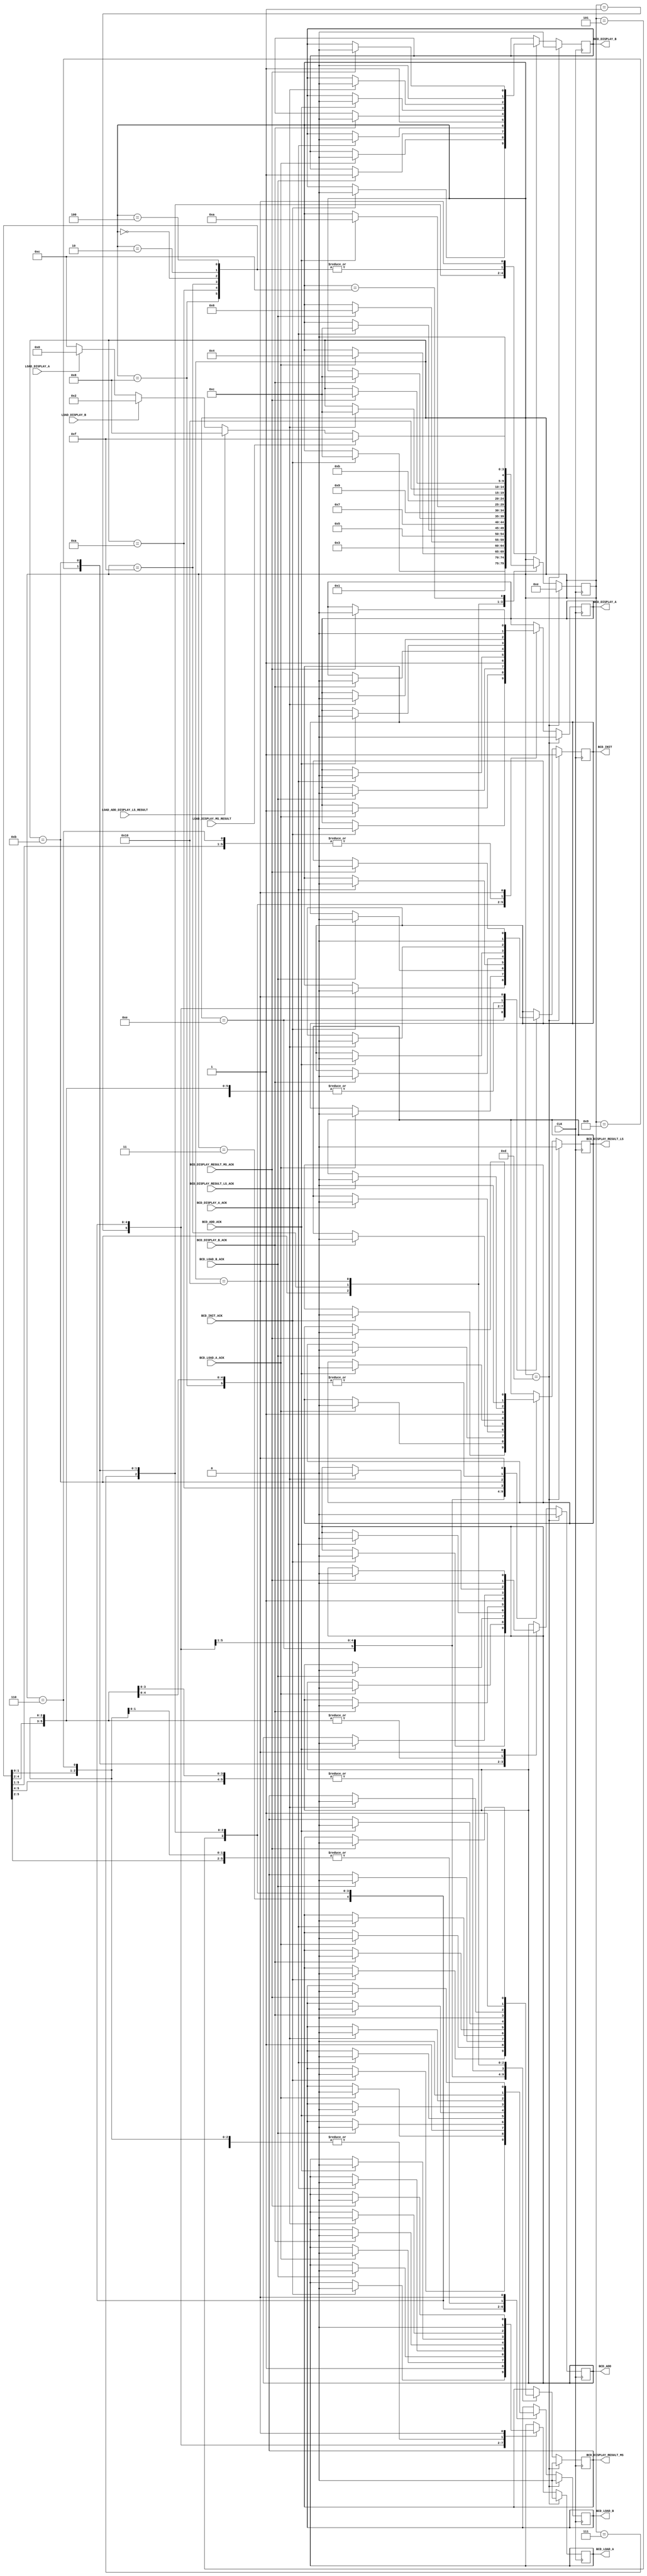
`timescale 1ns / 1ps
//////////////////////////////////////////////////////////////////////////////////
// Company: 
// Engineer: 
// 
// Design Name: 
// Module Name:    bcd_add_controller 
// Project Name: 
// Target Devices: 
// Tool versions: 
// Description: 
//
// Dependencies: 
//
// Revision: 
// Revision 0.01 - File Created
// Additional Comments: 
//
//////////////////////////////////////////////////////////////////////////////////
module bcd_add_controller(
    input LOAD_DISPLAY_MS_RESULT,
    input LOAD_DISPLAY_A,
    input LOAD_DISPLAY_B,
    input LOAD_ADD_DISPLAY_LS_RESULT,
	 input CLK,
    output reg BCD_INIT = 1,
    input BCD_INIT_ACK,
    output reg BCD_LOAD_A,
    input BCD_LOAD_A_ACK,
    output reg BCD_LOAD_B,
    input BCD_LOAD_B_ACK,
    output reg BCD_DISPLAY_A,
    input BCD_DISPLAY_A_ACK,
    output reg BCD_DISPLAY_B,
    input BCD_DISPLAY_B_ACK,
    output reg BCD_ADD,
    input BCD_ADD_ACK,
    output reg BCD_DISPLAY_RESULT_LS,
    input BCD_DISPLAY_RESULT_LS_ACK,
    output reg BCD_DISPLAY_RESULT_MS,
    input BCD_DISPLAY_RESULT_MS_ACK
    );


    parameter   LOAD_A = 0, 
                LOAD_A_ACK = 1,
                LOAD_B = 2, 
                LOAD_B_ACK = 3,
                DISP_A = 4,
                DISP_A_ACK = 5,
                DISP_B = 6,
                DISP_B_ACK = 7,
                ADD = 8,
                ADD_ACK = 9,
                DISP_ADD = 10,
                DISP_ADD_ACK = 11,
                WAIT_INPUT = 12,
                INIT = 13,
                INIT_ACK = 14,
                DISP_ADD_MS = 15,
                DISP_ADD_MS_ACK = 16;


    reg [4:0] bcdControllerState = INIT;
	


    always @(posedge CLK)
        begin
            if(bcdControllerState == INIT)
                begin
                    //Set flags
                    BCD_INIT                    <= 1;
                    BCD_LOAD_A                  <= 0;
                    BCD_LOAD_B                  <= 0;
                    BCD_DISPLAY_A               <= 0;
                    BCD_DISPLAY_B               <= 0;
                    BCD_ADD                     <= 0;
                    BCD_DISPLAY_RESULT_LS       <= 0;
                    BCD_DISPLAY_RESULT_MS       <= 0;                         

                    //Set next state.
                    bcdControllerState <= INIT_ACK;
                end

            else
                case(bcdControllerState)

                     INIT_ACK:
                            begin
                                if(BCD_INIT_ACK)
                                    begin
                                        
                                    //Set flags
                                    BCD_INIT                    <= 0;
                                    BCD_LOAD_A                  <= 0;
                                    BCD_LOAD_B                  <= 0;
                                    BCD_DISPLAY_A               <= 0;
                                    BCD_DISPLAY_B               <= 0;
                                    BCD_ADD                     <= 0;
                                    BCD_DISPLAY_RESULT_LS       <= 0;
                                    BCD_DISPLAY_RESULT_MS       <= 0;   
                                    
                                    //Set next state
                                    
                                    bcdControllerState <= WAIT_INPUT;
                                end

                            end



                    LOAD_A:
                        begin
                            //Set flags
                            BCD_INIT                    <= 0;
                            BCD_LOAD_A                  <= 1;
                            BCD_LOAD_B                  <= 0;
                            BCD_DISPLAY_A               <= 0;
                            BCD_DISPLAY_B               <= 0;
                            BCD_ADD                     <= 0;
                            BCD_DISPLAY_RESULT_LS       <= 0;
                            BCD_DISPLAY_RESULT_MS       <= 0;                         

                            //Set next state.
                            bcdControllerState <= LOAD_A_ACK;
                        end

                    LOAD_A_ACK:
                        begin
                            if(BCD_LOAD_A_ACK)
                                begin
                                    
                                //Set flags
                                BCD_INIT                    <= 0;
                                BCD_LOAD_A                  <= 0;
                                BCD_LOAD_B                  <= 0;
                                BCD_DISPLAY_A               <= 1;
                                BCD_DISPLAY_B               <= 0;
                                BCD_ADD                     <= 0;
                                BCD_DISPLAY_RESULT_LS       <= 0;
                                BCD_DISPLAY_RESULT_MS       <= 0;   
                                
                                //Set next state
                                
                                bcdControllerState <= DISP_A;
                            end

                        end

                    LOAD_B:
                        begin
                            //Set flags
                            BCD_INIT                    <= 0;
                            BCD_LOAD_A                  <= 0;
                            BCD_LOAD_B                  <= 1;
                            BCD_DISPLAY_A               <= 0;
                            BCD_DISPLAY_B               <= 0;
                            BCD_ADD                     <= 0;
                            BCD_DISPLAY_RESULT_LS       <= 0;
                            BCD_DISPLAY_RESULT_MS       <= 0;   
                            
                            //Set next state
                            bcdControllerState <= LOAD_B_ACK;
                        end

                    LOAD_B_ACK:
                        begin
                            if(BCD_LOAD_B_ACK)
                            begin
                                bcdControllerState <= DISP_B;
                                //Set flags
                                BCD_INIT                    <= 0;
                                BCD_LOAD_A                  <= 0;
                                BCD_LOAD_B                  <= 0;
                                BCD_DISPLAY_A               <= 0;
                                BCD_DISPLAY_B               <= 1;
                                BCD_ADD                     <= 0;
                                BCD_DISPLAY_RESULT_LS       <= 0;
                                BCD_DISPLAY_RESULT_MS       <= 0;   
                                
                                //Set next state
                                bcdControllerState <= DISP_B;   
                            end                             
                        end

                    DISP_A:
                        begin
                            //Set flags
                            BCD_INIT                    <= 0;
                            BCD_LOAD_A                  <= 0;
                            BCD_LOAD_B                  <= 0;
                            BCD_DISPLAY_A               <= 1;
                            BCD_DISPLAY_B               <= 0;
                            BCD_ADD                     <= 0;
                            BCD_DISPLAY_RESULT_LS       <= 0;
                            BCD_DISPLAY_RESULT_MS       <= 0;   
                                
                            //Set next state
                            bcdControllerState <= DISP_A_ACK;
                        end

                    DISP_A_ACK:
                        begin
                            if(BCD_DISPLAY_A_ACK)
                            begin
                                //Set flags
                                BCD_INIT                    <= 0;
                                BCD_LOAD_A                  <= 0;
                                BCD_LOAD_B                  <= 0;
                                BCD_DISPLAY_A               <= 0;
                                BCD_DISPLAY_B               <= 0;
                                BCD_ADD                     <= 0;
                                BCD_DISPLAY_RESULT_LS       <= 0;
                                BCD_DISPLAY_RESULT_MS       <= 0;   
                                
                                //Set next state
                                bcdControllerState <= WAIT_INPUT;
                            end
                        end

                    DISP_B:
                        begin
                            //Set flags
                            BCD_INIT                    <= 0;
                            BCD_LOAD_A                  <= 0;
                            BCD_LOAD_B                  <= 0;
                            BCD_DISPLAY_A               <= 0;
                            BCD_DISPLAY_B               <= 1;
                            BCD_ADD                     <= 0;
                            BCD_DISPLAY_RESULT_LS       <= 0;
                            BCD_DISPLAY_RESULT_MS       <= 0;   
                                
                            //Set next state
                            bcdControllerState <= DISP_B_ACK;
                        end

                    DISP_B_ACK:
                        begin
                            if(BCD_DISPLAY_B_ACK)
                            begin
                                //Set flags
                                BCD_INIT                    <= 0;
                                BCD_LOAD_A                  <= 0;
                                BCD_LOAD_B                  <= 0;
                                BCD_DISPLAY_A               <= 0;
                                BCD_DISPLAY_B               <= 0;
                                BCD_ADD                     <= 0;
                                BCD_DISPLAY_RESULT_LS       <= 0;
                                BCD_DISPLAY_RESULT_MS       <= 0;   
                                
                                //Set next state
                                bcdControllerState <= WAIT_INPUT;
                            end
                        end                  

                    ADD:
                        begin
                            BCD_INIT                    <= 0;
                            BCD_LOAD_A                  <= 0;
                            BCD_LOAD_B                  <= 0;
                            BCD_DISPLAY_A               <= 0;
                            BCD_DISPLAY_B               <= 0;
                            BCD_ADD                     <= 1;
                            BCD_DISPLAY_RESULT_LS       <= 0;
                            BCD_DISPLAY_RESULT_MS       <= 0;   
                                
                            //Set next state
                            bcdControllerState <= ADD_ACK;
                        end

                    ADD_ACK:
                        begin
                            if(BCD_ADD_ACK)
                             begin
                                
                                //Set flags
                                BCD_INIT                    <= 0;
                                BCD_LOAD_A                  <= 0;
                                BCD_LOAD_B                  <= 0;
                                BCD_DISPLAY_A               <= 0;
                                BCD_DISPLAY_B               <= 0;
                                BCD_ADD                     <= 0;
                                BCD_DISPLAY_RESULT_LS       <= 0;
                                BCD_DISPLAY_RESULT_MS       <= 0;   
                                
                                //Set next state
                                bcdControllerState <= DISP_ADD;
                            end
                        end


                    DISP_ADD:
                        begin
                            BCD_INIT                    <= 0;
                            BCD_LOAD_A                  <= 0;
                            BCD_LOAD_B                  <= 0;
                            BCD_DISPLAY_A               <= 0;
                            BCD_DISPLAY_B               <= 0;
                            BCD_ADD                     <= 0;
                            BCD_DISPLAY_RESULT_LS       <= 1;
                            BCD_DISPLAY_RESULT_MS       <= 0;   
                                
                            //Set next state
                            bcdControllerState <= DISP_ADD_ACK;
                        end

                    DISP_ADD_ACK:
                        begin
                            if(BCD_DISPLAY_RESULT_LS_ACK)
                             begin
                                
                                //Set flags
                                BCD_INIT                    <= 0;
                                BCD_LOAD_A                  <= 0;
                                BCD_LOAD_B                  <= 0;
                                BCD_DISPLAY_A               <= 0;
                                BCD_DISPLAY_B               <= 0;
                                BCD_ADD                     <= 0;
                                BCD_DISPLAY_RESULT_LS       <= 0;
                                BCD_DISPLAY_RESULT_MS       <= 0;   
                                
                                //Set next state
                                bcdControllerState <= WAIT_INPUT;
                            end
                        end
                    DISP_ADD_MS:
                        begin
                            BCD_INIT                    <= 0;
                            BCD_LOAD_A                  <= 0;
                            BCD_LOAD_B                  <= 0;
                            BCD_DISPLAY_A               <= 0;
                            BCD_DISPLAY_B               <= 0;
                            BCD_ADD                     <= 0;
                            BCD_DISPLAY_RESULT_LS       <= 0;
                            BCD_DISPLAY_RESULT_MS       <= 1;   
                                
                            //Set next state
                            bcdControllerState <= DISP_ADD_MS_ACK;
                        end

                    DISP_ADD_MS_ACK:
                        begin
                            if(BCD_DISPLAY_RESULT_MS_ACK)
                             begin
                                
                                //Set flags
                                BCD_INIT                    <= 0;
                                BCD_LOAD_A                  <= 0;
                                BCD_LOAD_B                  <= 0;
                                BCD_DISPLAY_A               <= 0;
                                BCD_DISPLAY_B               <= 0;
                                BCD_ADD                     <= 0;
                                BCD_DISPLAY_RESULT_LS       <= 0;
                                BCD_DISPLAY_RESULT_MS       <= 0;   
                                
                                //Set next state
                                bcdControllerState <= WAIT_INPUT;
                            end
                        end


                    WAIT_INPUT:
                        begin
                            bcdControllerState <= WAIT_INPUT;
                            if(LOAD_DISPLAY_A)
                                bcdControllerState <= LOAD_A;
                            if(LOAD_DISPLAY_B)
                                bcdControllerState <= LOAD_B;
                            if(LOAD_ADD_DISPLAY_LS_RESULT)
                                bcdControllerState <= ADD;
                            if(LOAD_DISPLAY_MS_RESULT)
                                bcdControllerState <= DISP_ADD_MS;
                        end

                endcase;
            

        end

endmodule